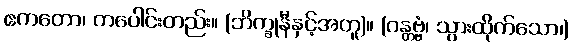
ဧကတော၊ တပေါင်းတည်း။ (ဘိက္ခုနီနှင့်အတူ)။ (ဂန္တဗ္ဗံ၊ သွားထိုက်သော၊)